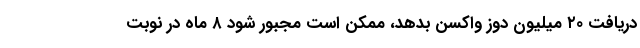
دریافت ۲۰ میلیون دوز واکسن بدهد، ممکن است مجبور شود ۸ ماه در نوبت